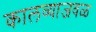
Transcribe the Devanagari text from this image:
कालव्याजवळ